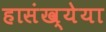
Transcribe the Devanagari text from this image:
हासंख्येया